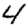
Digit: 4